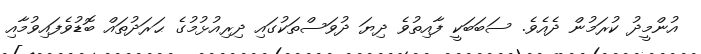
އުންމީދު ކުރަމުން ދެއެވެ. ސަބަބަކީ ފާއިތުވެ ދިޔަ ދުވަސްތަކުގައި ދިރިއުޅުމުގެ ޙަރަދުތައް ބޮޑުވެފައިވުމާއި